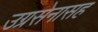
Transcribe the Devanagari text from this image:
उग्रसेनासह